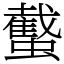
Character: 䘁